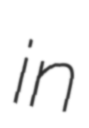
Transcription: in